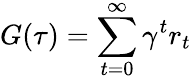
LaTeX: G(\tau)=\sum_{t=0}^{\infty}\gamma^{t}r_{t}